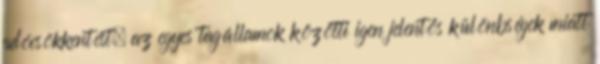
adócsökkentést, az egyes tagállamok közötti igen jelentős különbségek miatt